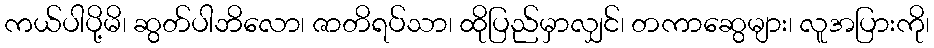
ကယ်ပါပို့မိ၊ ဆွတ်ပါဘိလော၊ ဇာတိရပ်သာ၊ ထိုပြည်မှာလျှင်၊ တကာဆွေများ၊ လူအပြားကို၊